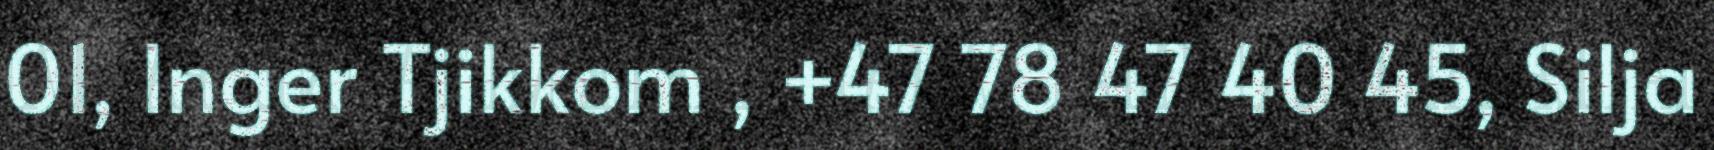
01, Inger Tjikkom , +47 78 47 40 45, Silja